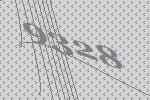
9328